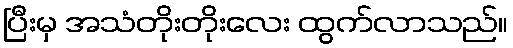
ပြီးမှ အသံတိုးတိုးလေး ထွက်လာသည်။